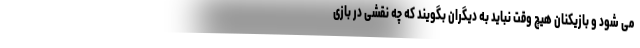
می شود و بازیکنان هیچ وقت نباید به دیگران بگویند که چه نقشی در بازی